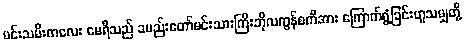
မင်းသမီးကလေး မေရီသည် ခမည်းတော်မင်းသားကြီးဘိုလကွန်စကီအား ကြောက်ရွံ့ခြင်းဟူသမျှတို့